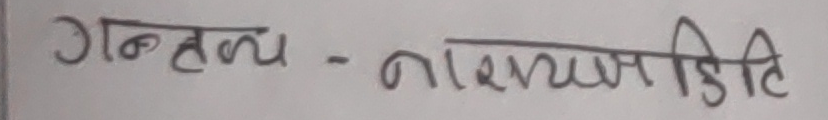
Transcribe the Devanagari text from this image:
गन्तव्य - नारायणहिटी